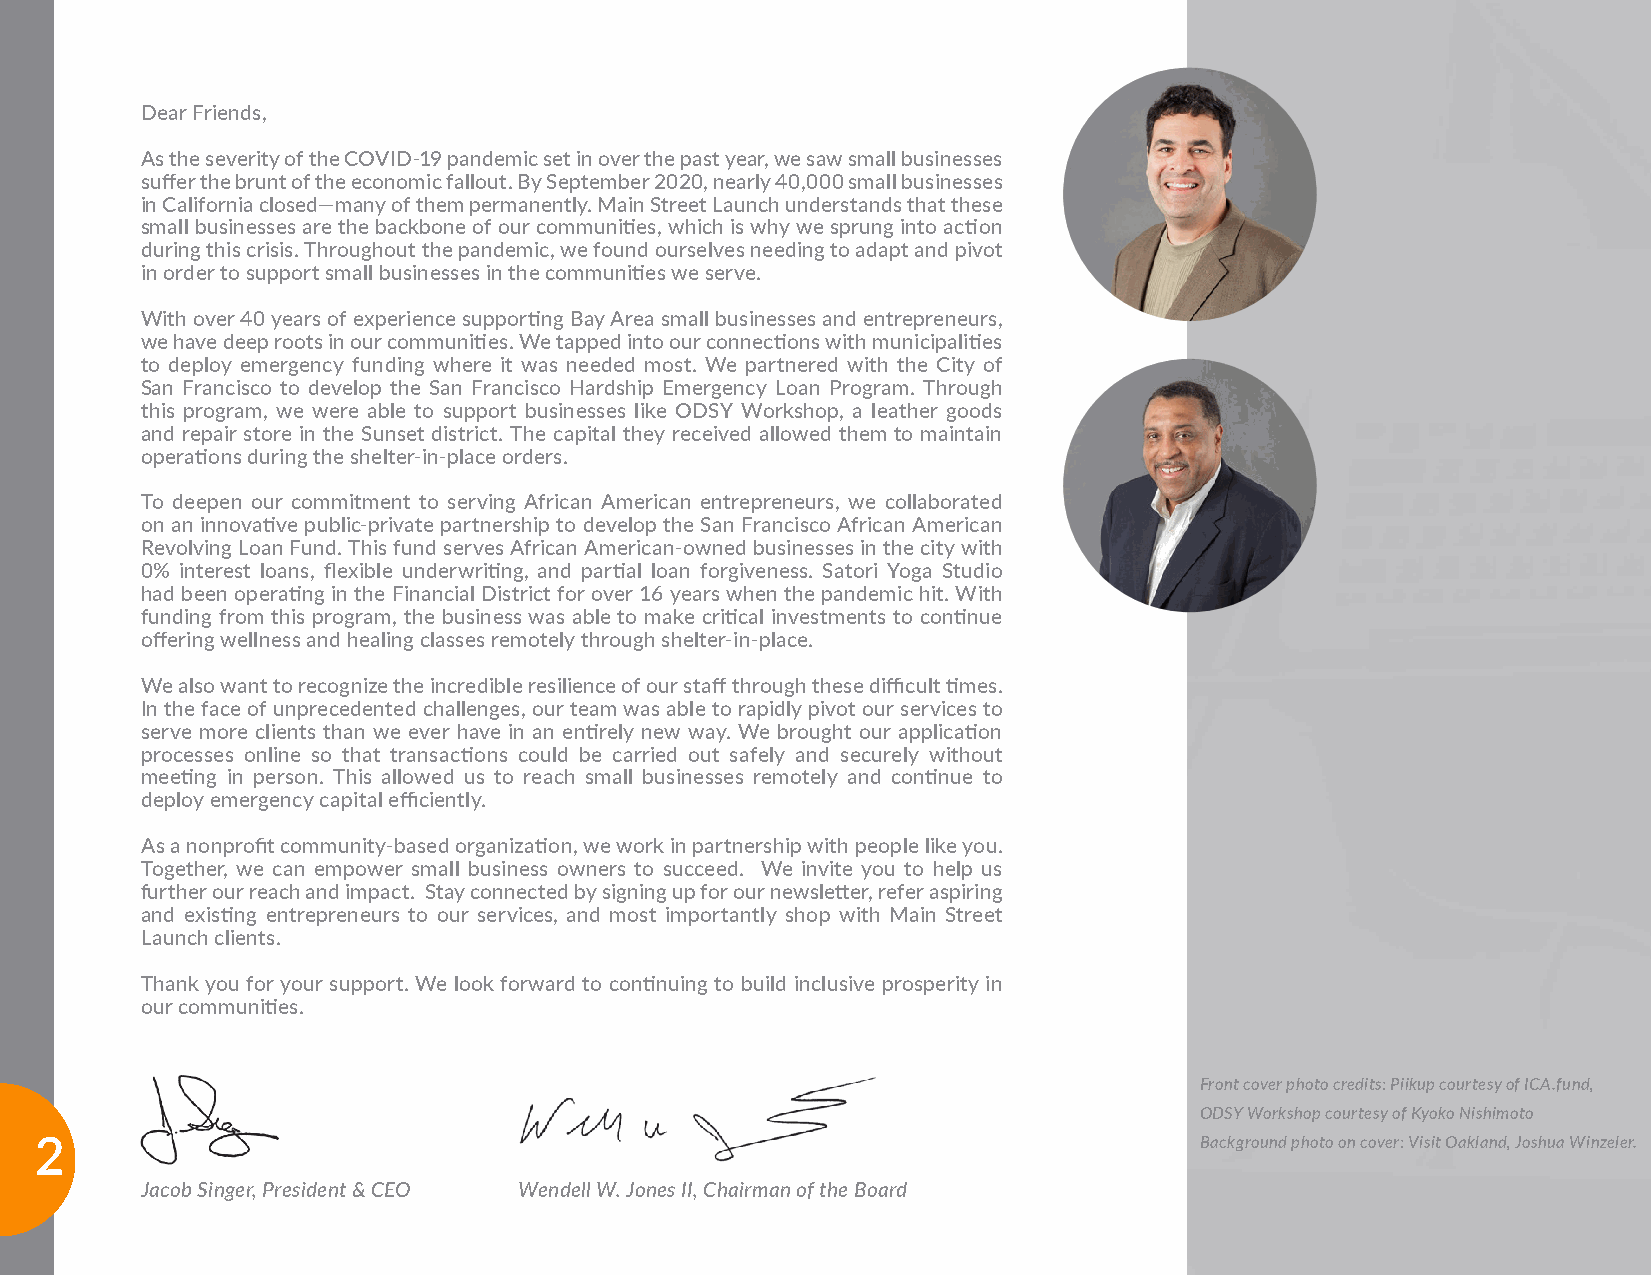
Dear Friends,
 As the severity of the COVID-19 pandemic set in over the past year, we saw small businesses
 suffer the brunt of the economic fallout. By September 2020, nearly 40,000 small businesses
 in California closed—many of them permanently. Main Street Launch understands that these
 small businesses are the backbone of our communities, which is why we sprung into action
 during this crisis. Throughout the pandemic, we found ourselves needing to adapt and pivot
 in order to support small businesses in the communities we serve.
 With over 40 years of experience supporting Bay Area small businesses and entrepreneurs,
 we have deep roots in our communities. We tapped into our connections with municipalities
 to deploy emergency funding where it was needed most. We partnered with the City of
 San Francisco to develop the San Francisco Hardship Emergency Loan Program. Through
 this program, we were able to support businesses like ODSY Workshop, a leather goods
 and repair store in the Sunset district. The capital they received allowed them to maintain
 operations during the shelter-in-place orders.
 To deepen our commitment to serving African American entrepreneurs, we collaborated
 on an innovative public-private partnership to develop the San Francisco African American
 Revolving Loan Fund. This fund serves African American-owned businesses in the city with
 0% interest loans, flexible underwriting, and partial loan forgiveness. Satori Yoga Studio
 had been operating in the Financial District for over 16 years when the pandemic hit. With
 funding from this program, the business was able to make critical investments to continue
 offering wellness and healing classes remotely through shelter-in-place.
 We also want to recognize the incredible resilience of our staff through these difficult times.
 In the face of unprecedented challenges, our team was able to rapidly pivot our services to
 serve more clients than we ever have in an entirely new way. We brought our application
 processes online so that transactions could be carried out safely and securely without
 meeting in person. This allowed us to reach small businesses remotely and continue to
 deploy emergency capital efficiently.
 As a nonprofit community-based organization, we work in partnership with people like you.
 Together, we can empower small business owners to succeed. We invite you to help us
 further our reach and impact. Stay connected by signing up for our newsletter, refer aspiring
 and existing entrepreneurs to our services, and most importantly shop with Main Street
 Launch clients.
 Thank you for your support. We look forward to continuing to build inclusive prosperity in
 our communities.
 Front cover photo credits: Piikup courtesy of ICA.fund,
 ODSY Workshop courtesy of Kyoko Nishimoto
 2                                                                            Background photo on cover: Visit Oakland, Joshua Winzeler.
 2
 Jacob Singer, President & CEO Wendell W. Jones II, Chairman of the Board